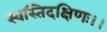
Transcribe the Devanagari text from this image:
स्वस्तिदक्षिणः।।